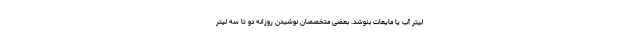
لیتر آب یا مایعات بنوشد. بعضی متخصصان نوشیدن روزانه دو تا سه لیتر